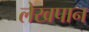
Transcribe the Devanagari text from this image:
लेखपान